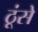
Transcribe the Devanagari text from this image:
ठूंसे